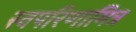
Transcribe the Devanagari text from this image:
स्वपरिणामित्र